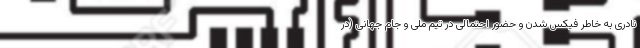
نادری به خاطر فیکس شدن و حضور احتمالی در تیم ملی و جام جهانی‌ (‌در